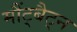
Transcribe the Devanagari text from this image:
मौंट्बैट्न